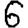
Digit: 6